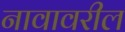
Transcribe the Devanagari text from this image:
नावावरील